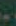
-